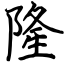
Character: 隆